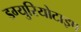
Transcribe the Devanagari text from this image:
डग्युरियोटाइप